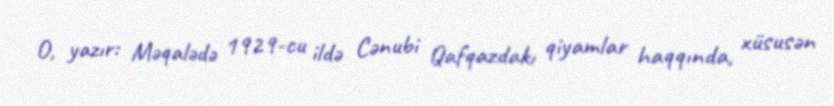
O, yazır: Məqalədə 1929-cu ildə Cənubi Qafqazdakı qiyamlar haqqında, xüsusən